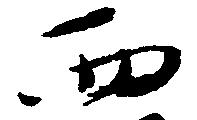
西